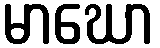
မာဃော